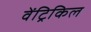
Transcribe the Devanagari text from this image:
वेंट्रिकिल